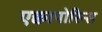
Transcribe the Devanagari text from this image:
एक्वापोरिन्स